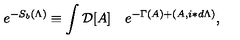
e ^ { - S _ { b } ( \Lambda ) } \equiv \int { \cal D } [ A ] \quad e ^ { - \Gamma ( A ) + ( A , i \ast d \Lambda ) } ,